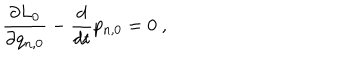
\frac { \partial L _ { 0 } } { \partial q _ { n , 0 } } - \frac { d } { d t } p _ { n , 0 } = 0 \ ,